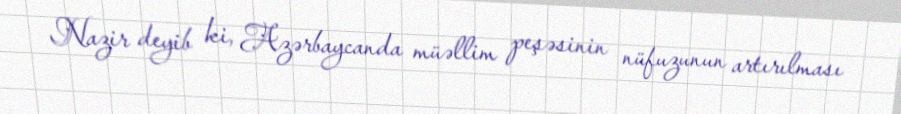
Nazir deyib ki, Azərbaycanda müəllim peşəsinin nüfuzunun artırılması